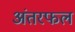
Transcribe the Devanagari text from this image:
अंतरफल